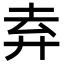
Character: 弆